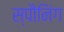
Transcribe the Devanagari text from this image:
स्पौनिंग